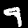
Label: 9